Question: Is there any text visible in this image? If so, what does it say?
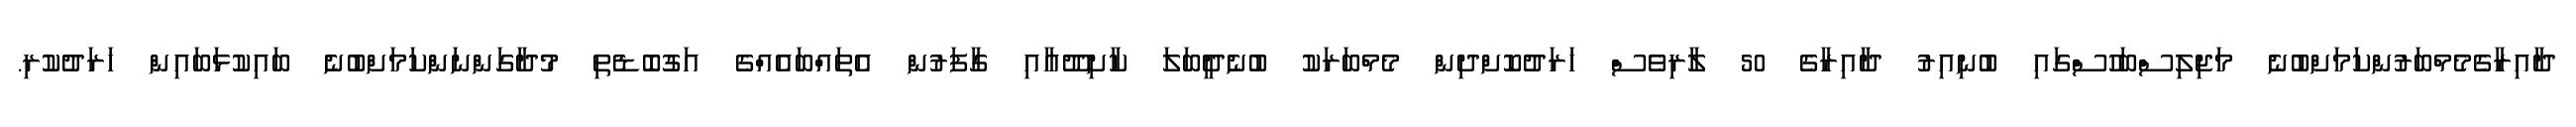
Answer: ދާއިރާގެމެމްބަރުންކަމަށްބުނެ މަޖިލިސްބަހުސްގައި ބުނިއިރު ދާއިރާގެ 50 ލާރިވެސް ޚަރަދުކޮށްދިން މެމްބަރަކު ބުނެދީބަލަ ކާށިދޫއާއި ގާފަރުން އެތައްބައެއްގެ އަގުބޮޑެތި މުދާގަންނަންކަމަށްބުނެ ބައިކުޅަބައިން ޚަރަދުކުރި.